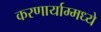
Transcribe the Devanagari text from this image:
करणार्याम्मध्ये